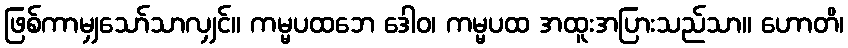
ဖြစ်ကာမျှသော်သာလျှင်။ ကမ္မပထဘေ ဒေါဝ၊ ကမ္မပထ အထူးအပြားသည်သာ။ ဟောတိ၊